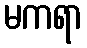
မကရာ